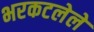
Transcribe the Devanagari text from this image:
भरकटलेले